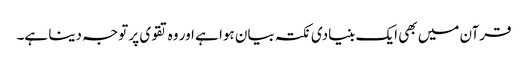
قرآن میں بھی ایک بنیادی نکتہ بیان ہوا ہے اور وہ تقوی پر توجہ دینا ہے۔